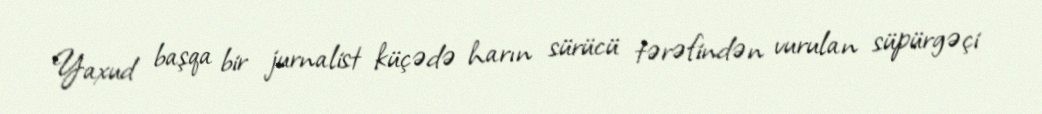
Yaxud başqa bir jurnalist küçədə harın sürücü tərəfindən vurulan süpürgəçi